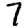
Digit: 7